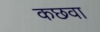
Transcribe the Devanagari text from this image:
कछवा